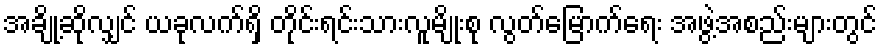
အချို့ဆိုလျှင် ယခုလက်ရှိ တိုင်းရင်းသားလူမျိုးစု လွတ်မြောက်ရေး အဖွဲ့အစည်းများတွင်